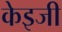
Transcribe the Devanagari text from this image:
केइजी